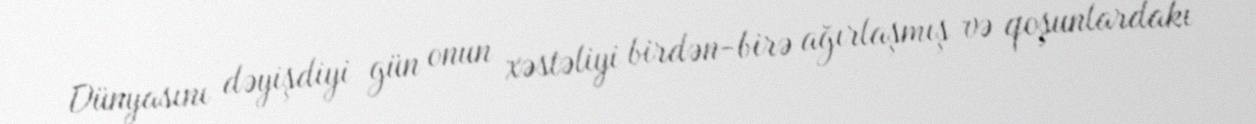
Dünyasını dəyişdiyi gün onun xəstəliyi birdən-birə ağırlaşmış və qoşunlardakı